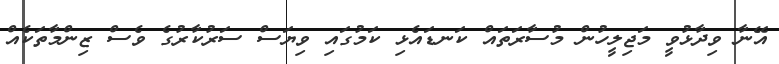
އޭނާ ވިދާޅުވީ މަޖިލީހުން މުސާރަތައް ކަނޑައެޅި ކަމުގައި ވިޔަސް ސަރުކާރުގެ ވެސް ޒިންމާތަކެއް